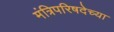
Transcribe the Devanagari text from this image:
मंत्रिपरिषदेच्या